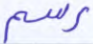
رسم